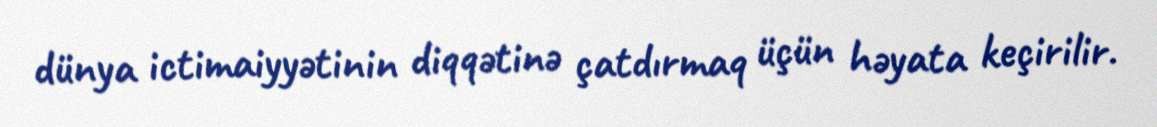
dünya ictimaiyyətinin diqqətinə çatdırmaq üçün həyata keçirilir.